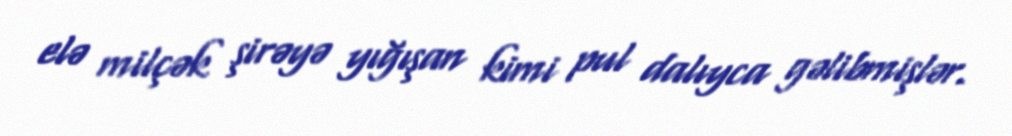
elə milçək şirəyə yığışan kimi pul dalıyca gəlibmişlər.